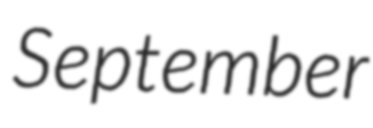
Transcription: September